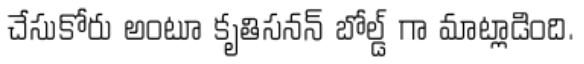
చేసుకోరు అంటూ కృతిసనన్ బోల్డ్ గా మాట్లాడింది.